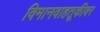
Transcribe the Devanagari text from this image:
विमानवाहतूकीवर